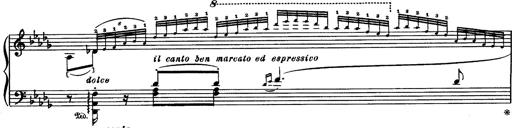
Title: Paraphrase de concert sur Rigoletto
Composer: Franz Liszt